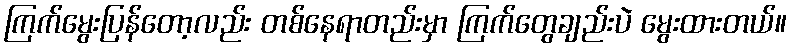
ကြက်မွေးပြန်တော့လည်း တစ်နေရာတည်းမှာ ကြက်တွေချည်းပဲ မွေးထားတယ်။